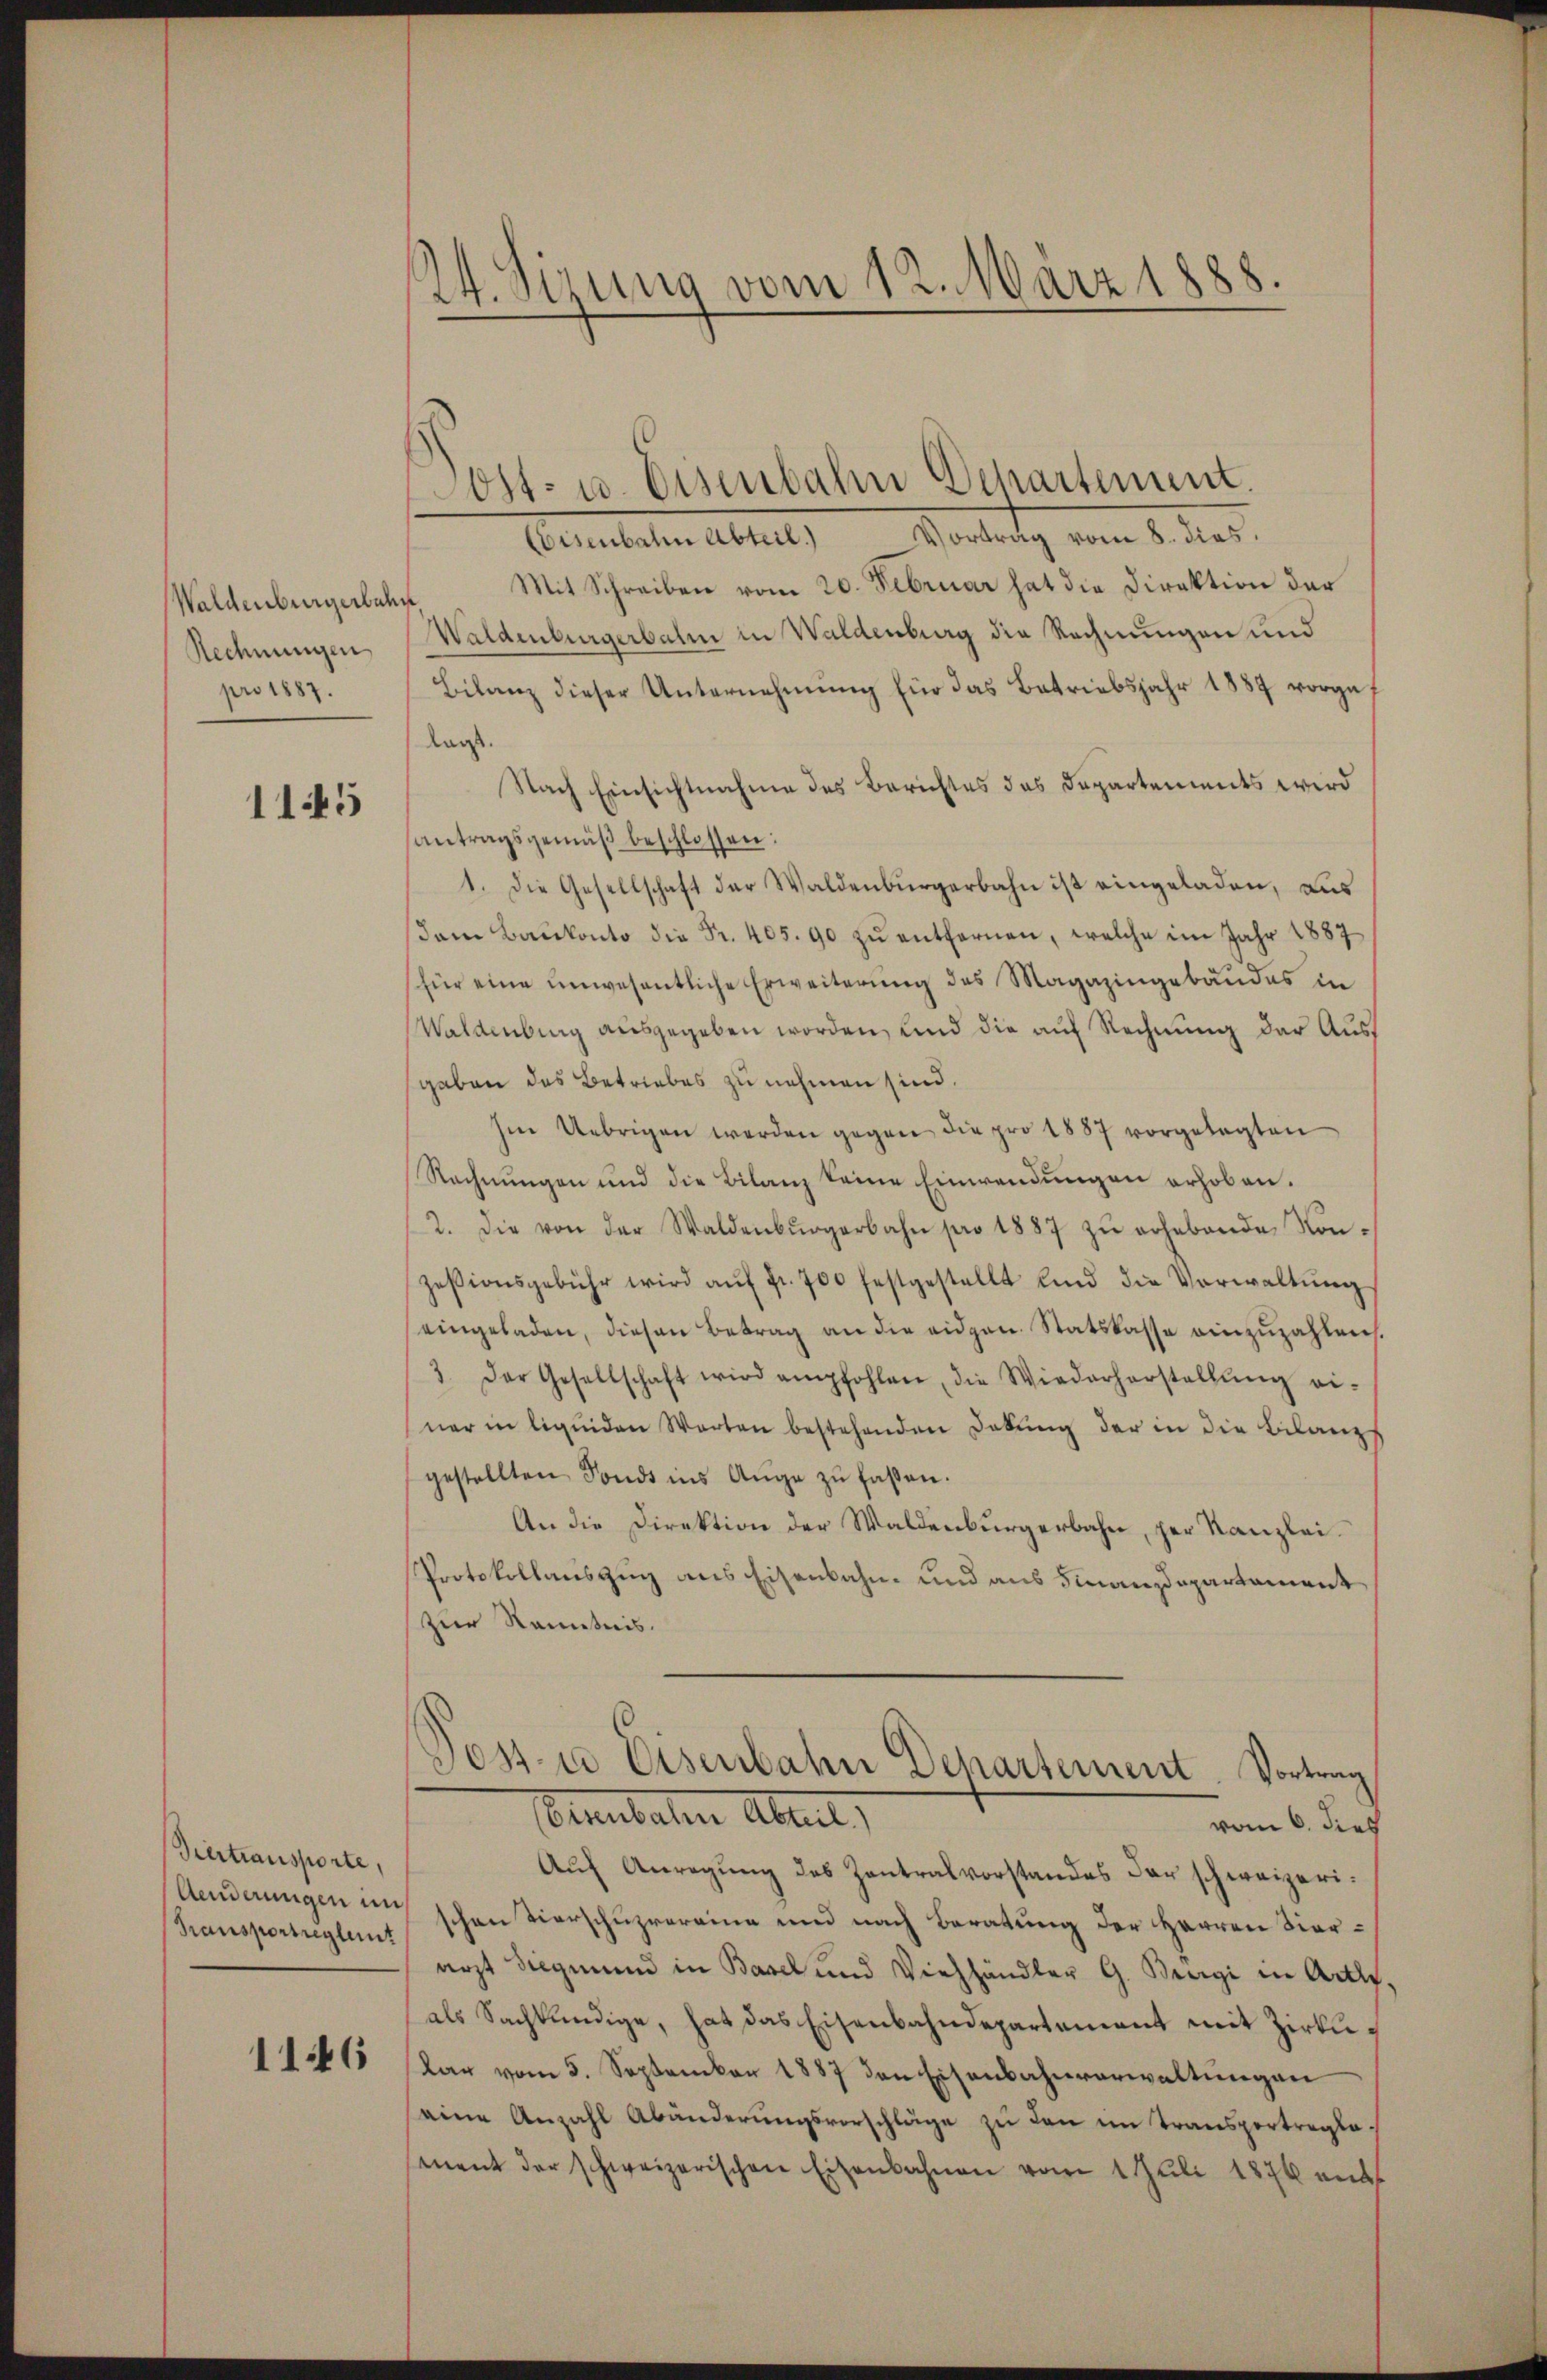
Waldenburgerbahn
Rechnungen
pro 1887.

1145

Vertransporte,
Aenderungen in
Transportreglent

1146

14. Sirung vom 12. März 1888.

Eisenbahn Abteil. Vortrag vom 8. dies
Mit Schreiben vom 20. Februar hat die Direktion der
Waldenburgerbalm in Waldenburg die Rechnungen und
Bilanz dieser Unternehmung für das Betriebsjahr 1889 vorgef
lasst.
Nach Einsichtnahme des Berichtes das Departements wird
antragsgemäß beschlossen:
1. Die Gesellschaft der Waldenburgerbahn ist eingeladen, aus
dam Baŭkonto die Fr. 405. 90 zŭ entfernen, welche im Jahr 1887
für eine unwesentliche Erweiterung des Magazingebäudes in
Waldenburg ausgegeben worden, und die auf Rechnung der Aussgaben das Betriebes zu nehmen sind.
Im Uebrigen werden gegen die pro 1887 vorgelegten
Rechnungen und die Bilanz keine Einwendungen erhoben.
2. die von der Waldenbŭrgerbahn pro 1887 zŭ erhebende Kon-
zessionsgebühr wird aŭf fr. 700 festgestellt und die Verwaltŭng
eingeladen, diesen Betrag an die eidgen. Statskasse einzuzahlen.
3. Der Gesellschaft wird empfohlen, die Wiederherstellŭng ei-
ner in liquiden Worten bestehenden Dekŭng der in die Bilanzs
gestellten Fonds ins Auge zŭ faßen.
An die Direktion der Waldenburgerbahn, der Kanzlei.
Protokollauszug aus Eisenbahn- und aus Finanzdepartament
zur Kenntnis.
Pos. u Eisenbahn Departement. Vortrag
Pennalen Abreit,
vom 6. dies
Aŭf Anregung des Zentralvorstandes der schweizerischen Tierschuzrereine und nach Beratung der Herren Vierarzt Siegmund in Basel und Viehhändler G. Bergi in Art.
als Sachkundige, hat das Eisenbahndepartement mit Zirkŭ
lar vom 5. September 1887 den Eisenbahnverwaltungen
eine Anzahl Abänderŭngsvorschläge zu den im Transportraglament der schweizerischen Eisenbahnen vom 1. Juli 1876 und

Post- u. Eisenbahn Departement.